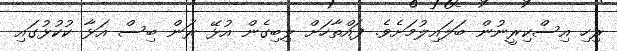
ރިހި އިސްކިރީނުން ބަލައިލުމަށެވެ. ފައްތާހަށް ލިބިގެން އުޅޭ ރަން ބިސް އަޅާ ކުކުޅުގައި